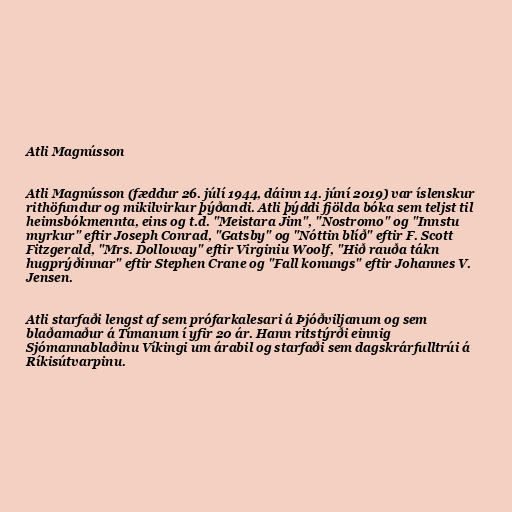
Atli Magnússon

Atli Magnússon (fæddur 26. júlí 1944, dáinn 14. júní 2019) var íslenskur
rithöfundur og mikilvirkur þýðandi. Atli þýddi fjölda bóka sem teljst til
heimsbókmennta, eins og t.d. "Meistara Jim", "Nostromo" og "Innstu
myrkur" eftir Joseph Conrad, "Gatsby" og "Nóttin blíð" eftir F. Scott
Fitzgerald, "Mrs. Dolloway" eftir Virginiu Woolf, "Hið rauða tákn
hugprýðinnar" eftir Stephen Crane og "Fall konungs" eftir Johannes V.
Jensen.

Atli starfaði lengst af sem prófarkalesari á Þjóðviljanum og sem
blaðamaður á Tímanum í yfir 20 ár. Hann ritstýrði einnig
Sjómannablaðinu Víkingi um árabil og starfaði sem dagskrárfulltrúi á
Ríkisútvarpinu.